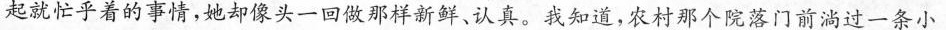
起就忙乎着的事情，她却像头一回做那样新鲜、认真。我知道，农村那个院落门前淌过一条小